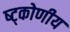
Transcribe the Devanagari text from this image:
ष्ट्कोणीय